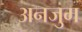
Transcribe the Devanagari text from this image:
अनजुम